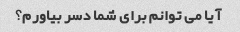
آیا می توانم برای شما دسر بیاورم؟